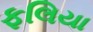
ફલિયા